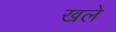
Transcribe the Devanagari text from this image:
खले